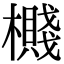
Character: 㰄